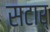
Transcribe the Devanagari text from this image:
सटार्